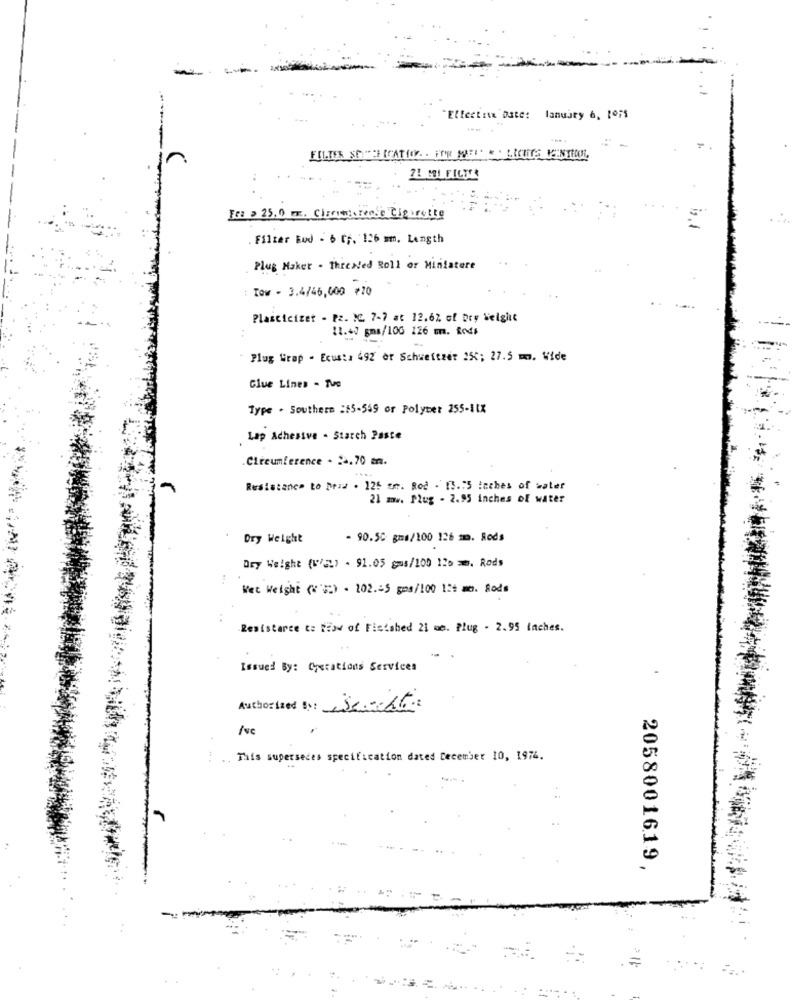
"Effectmax Date: lanuary 6, to;s
FILTER STONE ICATION. . FOR MEI ELECTIVE MENTOOL
21 MI FILTER
Fra > 25.0 m. Clarotierende Cienrette
. Filzer Bud - 6 05. 126 mm. Length
Plug Maker - Threaded Roll or Miniature
: Tow - 3.4/46,000 *70
Plasticizet - Pz. IC. 7-7 at 12.62 of Dry Velghit
11.+J gma/100 126 m. Rods
Plug Grap - Ecus:a 492 or Schweitzer 255; 27.5 m. Vide
Glue Lines - Tve
Type . Southern :$5-559 or Polybet 255-11X
Lap Adhesive - Starch Paste
Circumference - --. 70 m.
Resistance to Draw . 125 un. Rod - 13.75 Inches of water
21 mw. Plug - 2.95 inches of water
Dry Weight
- 90.50 gma/100 126 mm. Reds
Dry Weight (1/52) . 91.05 gos/100 120 . Rods
Net Weight ("") - 102.55 gos/100 124 mm. Rods
Resistance to flow of Finished 21 mm. Plug - 2.95 Inches.
Issued By: Cyerations Services
Authorized By: Seacht
fve
. This superseces specification dated December 10, 1974.
2058001619,
=